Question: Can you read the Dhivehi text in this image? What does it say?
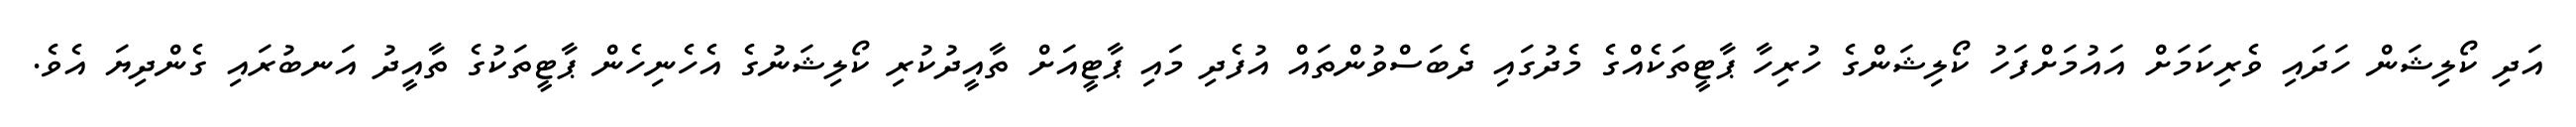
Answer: އަދި ކޯލިޝަން ހަދައި ވެރިކަމަށް އައުމަށްފަހު ކޯލިޝަންގެ ހުރިހާ ޕާޓީތަކެއްގެ މެދުގައި ދެބަސްވުންތައް އުފެދި މައި ޕާޓީއަށް ތާއީދުކުރި ކޯލިޝަނުގެ އެހެނިހެން ޕާޓީތަކުގެ ތާއީދު އަނބުރައި ގެންދިޔަ އެވެ.